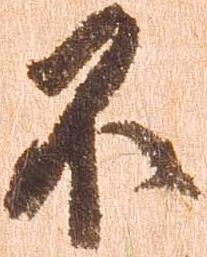
不